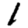
Digit: 1